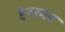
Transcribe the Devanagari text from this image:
हैदरगढ